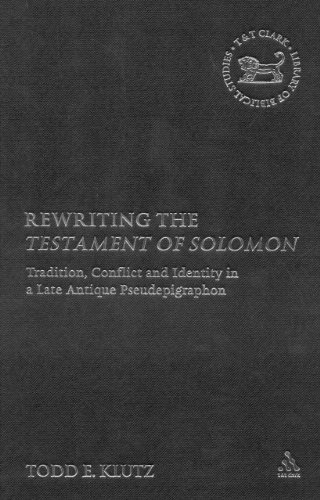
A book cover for Rewriting the Testament of Solomon: Tradition, Conflict and Identity in a Late Antique Pseudepigraphon (Library of Second Temple Studies); Todd Klutz; Christian Books & Bibles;